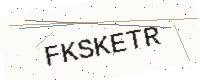
Text: FKSKETR